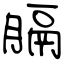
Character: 膈